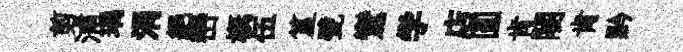
剪浦瑀涓絕巒槪伍簋甓鸞学店圓肯闍肯黔